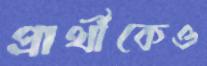
প্রার্থীকেও